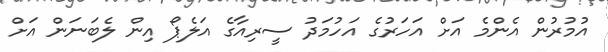
އުމުރުން އެންމެ އަށް އަހަރުގެ އަހުމަދު ސީރިއާގެ އަލެޕޯ އިން ލެބަނަން އަށް